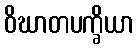
ဝိဃာတပက္ခိယာ